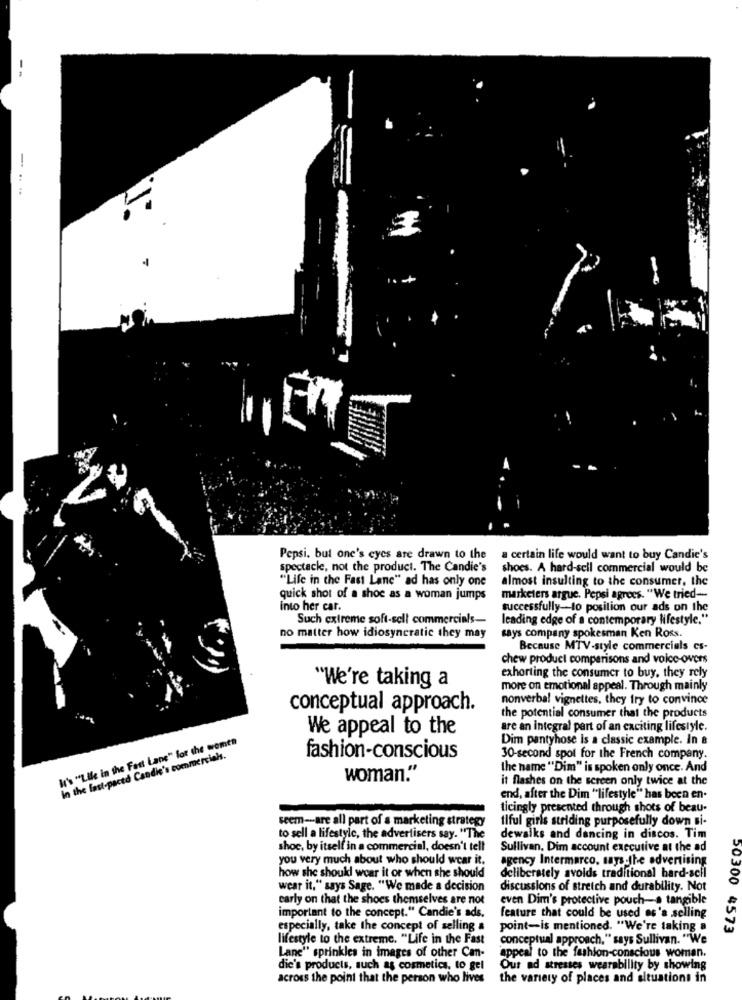
-
.. ..
Pepsi. but one's eyes are drawn to the
a certain life would want to buy Candie's
spectacle, not the product. The Candie's
shoes. A hard-sell commercial would be
"Life in the Fast Lane" ad has only one
almost insulting to the consumer, the
quick shot of a shoe as a woman jumps
marketers argue. Pepsi agrees. "We tried-
into her car.
successfully-to position our ads on the
Such extreme soft-sell commercials-
leading edge of a contemporary lifestyle."
no matter how idiosyncratic they may
says company spokesman Ken Ross.
Because MTV-style commercials es-
chew product comparisons and voice-overs
exhorting the consumer to buy, they rely
"We're taking a
more on emotional appeal. Through mainly
nonverbal vignettes, they try to convince
conceptual approach.
the potential consumer that the products
We appeal to the
are an integral part of an exciting lifestyle.
W's "Life in the Fast Lane" for the women
Dim pantyhose is a classic example. In &
in the fast-paced Candie's commercials.
fashion-conscious
30-second spot for the French company.
the name "Dim" is spoken only once. And
woman."
it flashes on the screen only twice at the
end, after the Dim "lifestyle" has been en.
ticingly presented through shots of beau-
seem-are all part of a marketing strategy
tiful girls striding purposefully down si-
to sell a lifestyle, the advertisers say. "The
dewalks and dancing in discos. Tim
shoc, by itself in a commercial, doesn't tell
Sullivan, Dim account executive at the ad
you very much about who should wear it.
agency Intermarco, says-the advertising
how she should wear it or when she should
deliberately avoids traditional hard-scfl
wear it," says Sage. "We made a decision
discussions of stretch and durability. Not
carly on that the shoes themselves are not
even Dim's protective pouch-a tangible
important to the concept." Candie's ads.
feature that could be used as's selling
especially, take the concept of selling &
point-is mentioned. "We're taking a
50300 4573
lifestyle to the extreme. "Life in the Fast
conceptual approach," says Sullivan. "We
Lane" sprinkles in images of other Can-
appeal to the fashion-conscious woman.
die's products, such as cosmetics, to gel
Our ad stresses wearability by showing
across the point that the person who lives
the variety of places and situations in